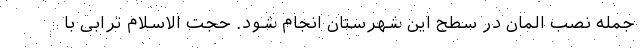
جمله نصب المان در سطح این شهرستان انجام شود. حجت الاسلام ترابی با